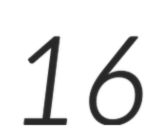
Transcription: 16